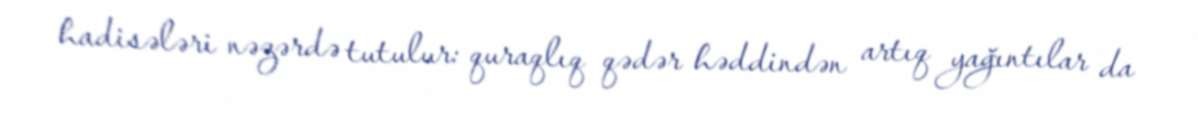
hadisələri nəzərdə tutulur: quraqlıq qədər həddindən artıq yağıntılar da